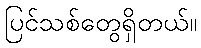
ပြင်သစ်တွေရှိတယ်။